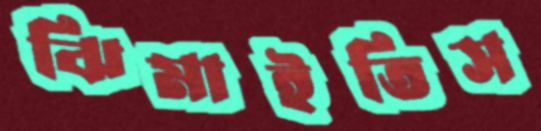
ঝিমাইতিস